Civil Veterinary Department ledger series I-VI
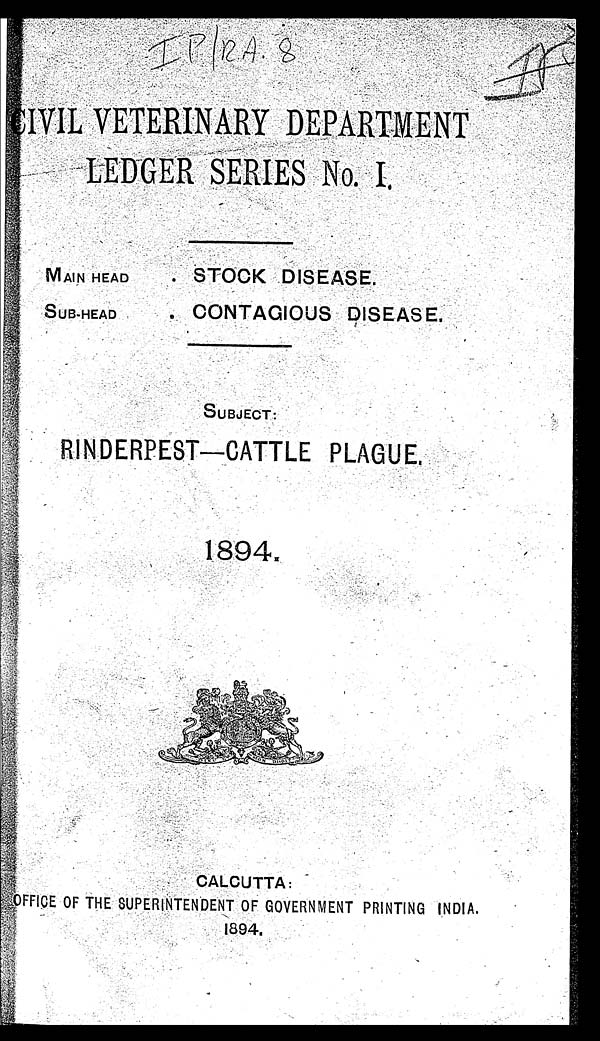
CIVIL VETERINARY DEPARTMENT
LEDGER SERIES No. I.
MAIN HEAD
SUB-HEAD
. STOCK DISEASE.
. CONTAGIOUS DISEASE.
SUBJECT:
RINDERPEST-CATTLE PLAGUE.
1894.
CALCUTTA:
OFFICE OF THE SUPERINTENDENT OF GOVERNMENT PRINTING INDIA.
1894.